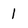
Character: l